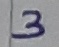
Text: 3